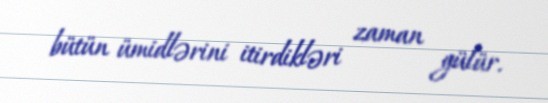
bütün ümidlərini itirdikləri zaman gülür.